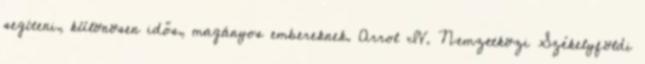
segíteni, különösen idős, magányos embereknek. Arrol IV. Nemzetközi Székelyföldi